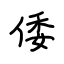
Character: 倭